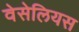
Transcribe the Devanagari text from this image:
वेसेलियस